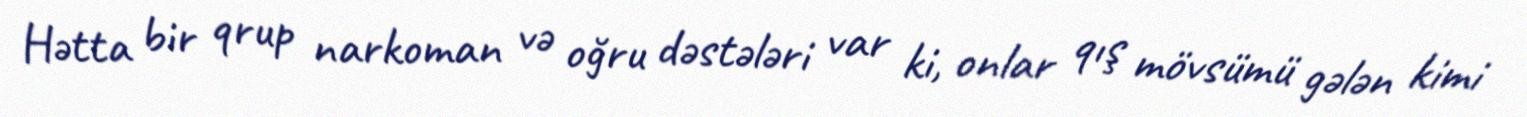
Hətta bir qrup narkoman və oğru dəstələri var ki, onlar qış mövsümü gələn kimi